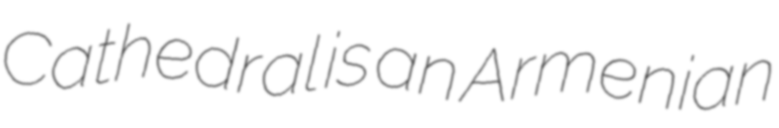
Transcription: Cathedral is an Armenian